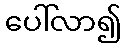
ပေါ်လာ၍